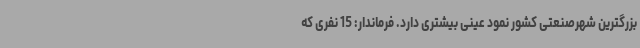
بزرگترین شهرصنعتی کشور نمود عینی بیشتری دارد. فرماندار: 15 نفری که